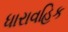
ધારાવહિક